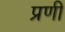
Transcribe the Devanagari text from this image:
प्रणी